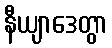
နီယျာဒေတွာ